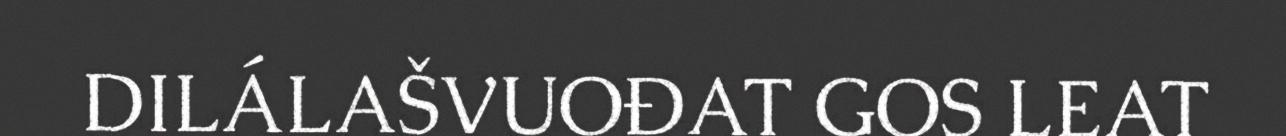
DILÁLAŠVUOĐAT GOS LEAT